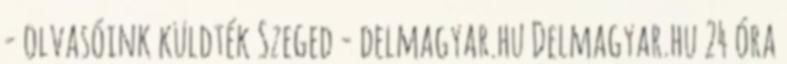
- olvasóink küldték Szeged - delmagyar.hu Delmagyar.hu 24 óra